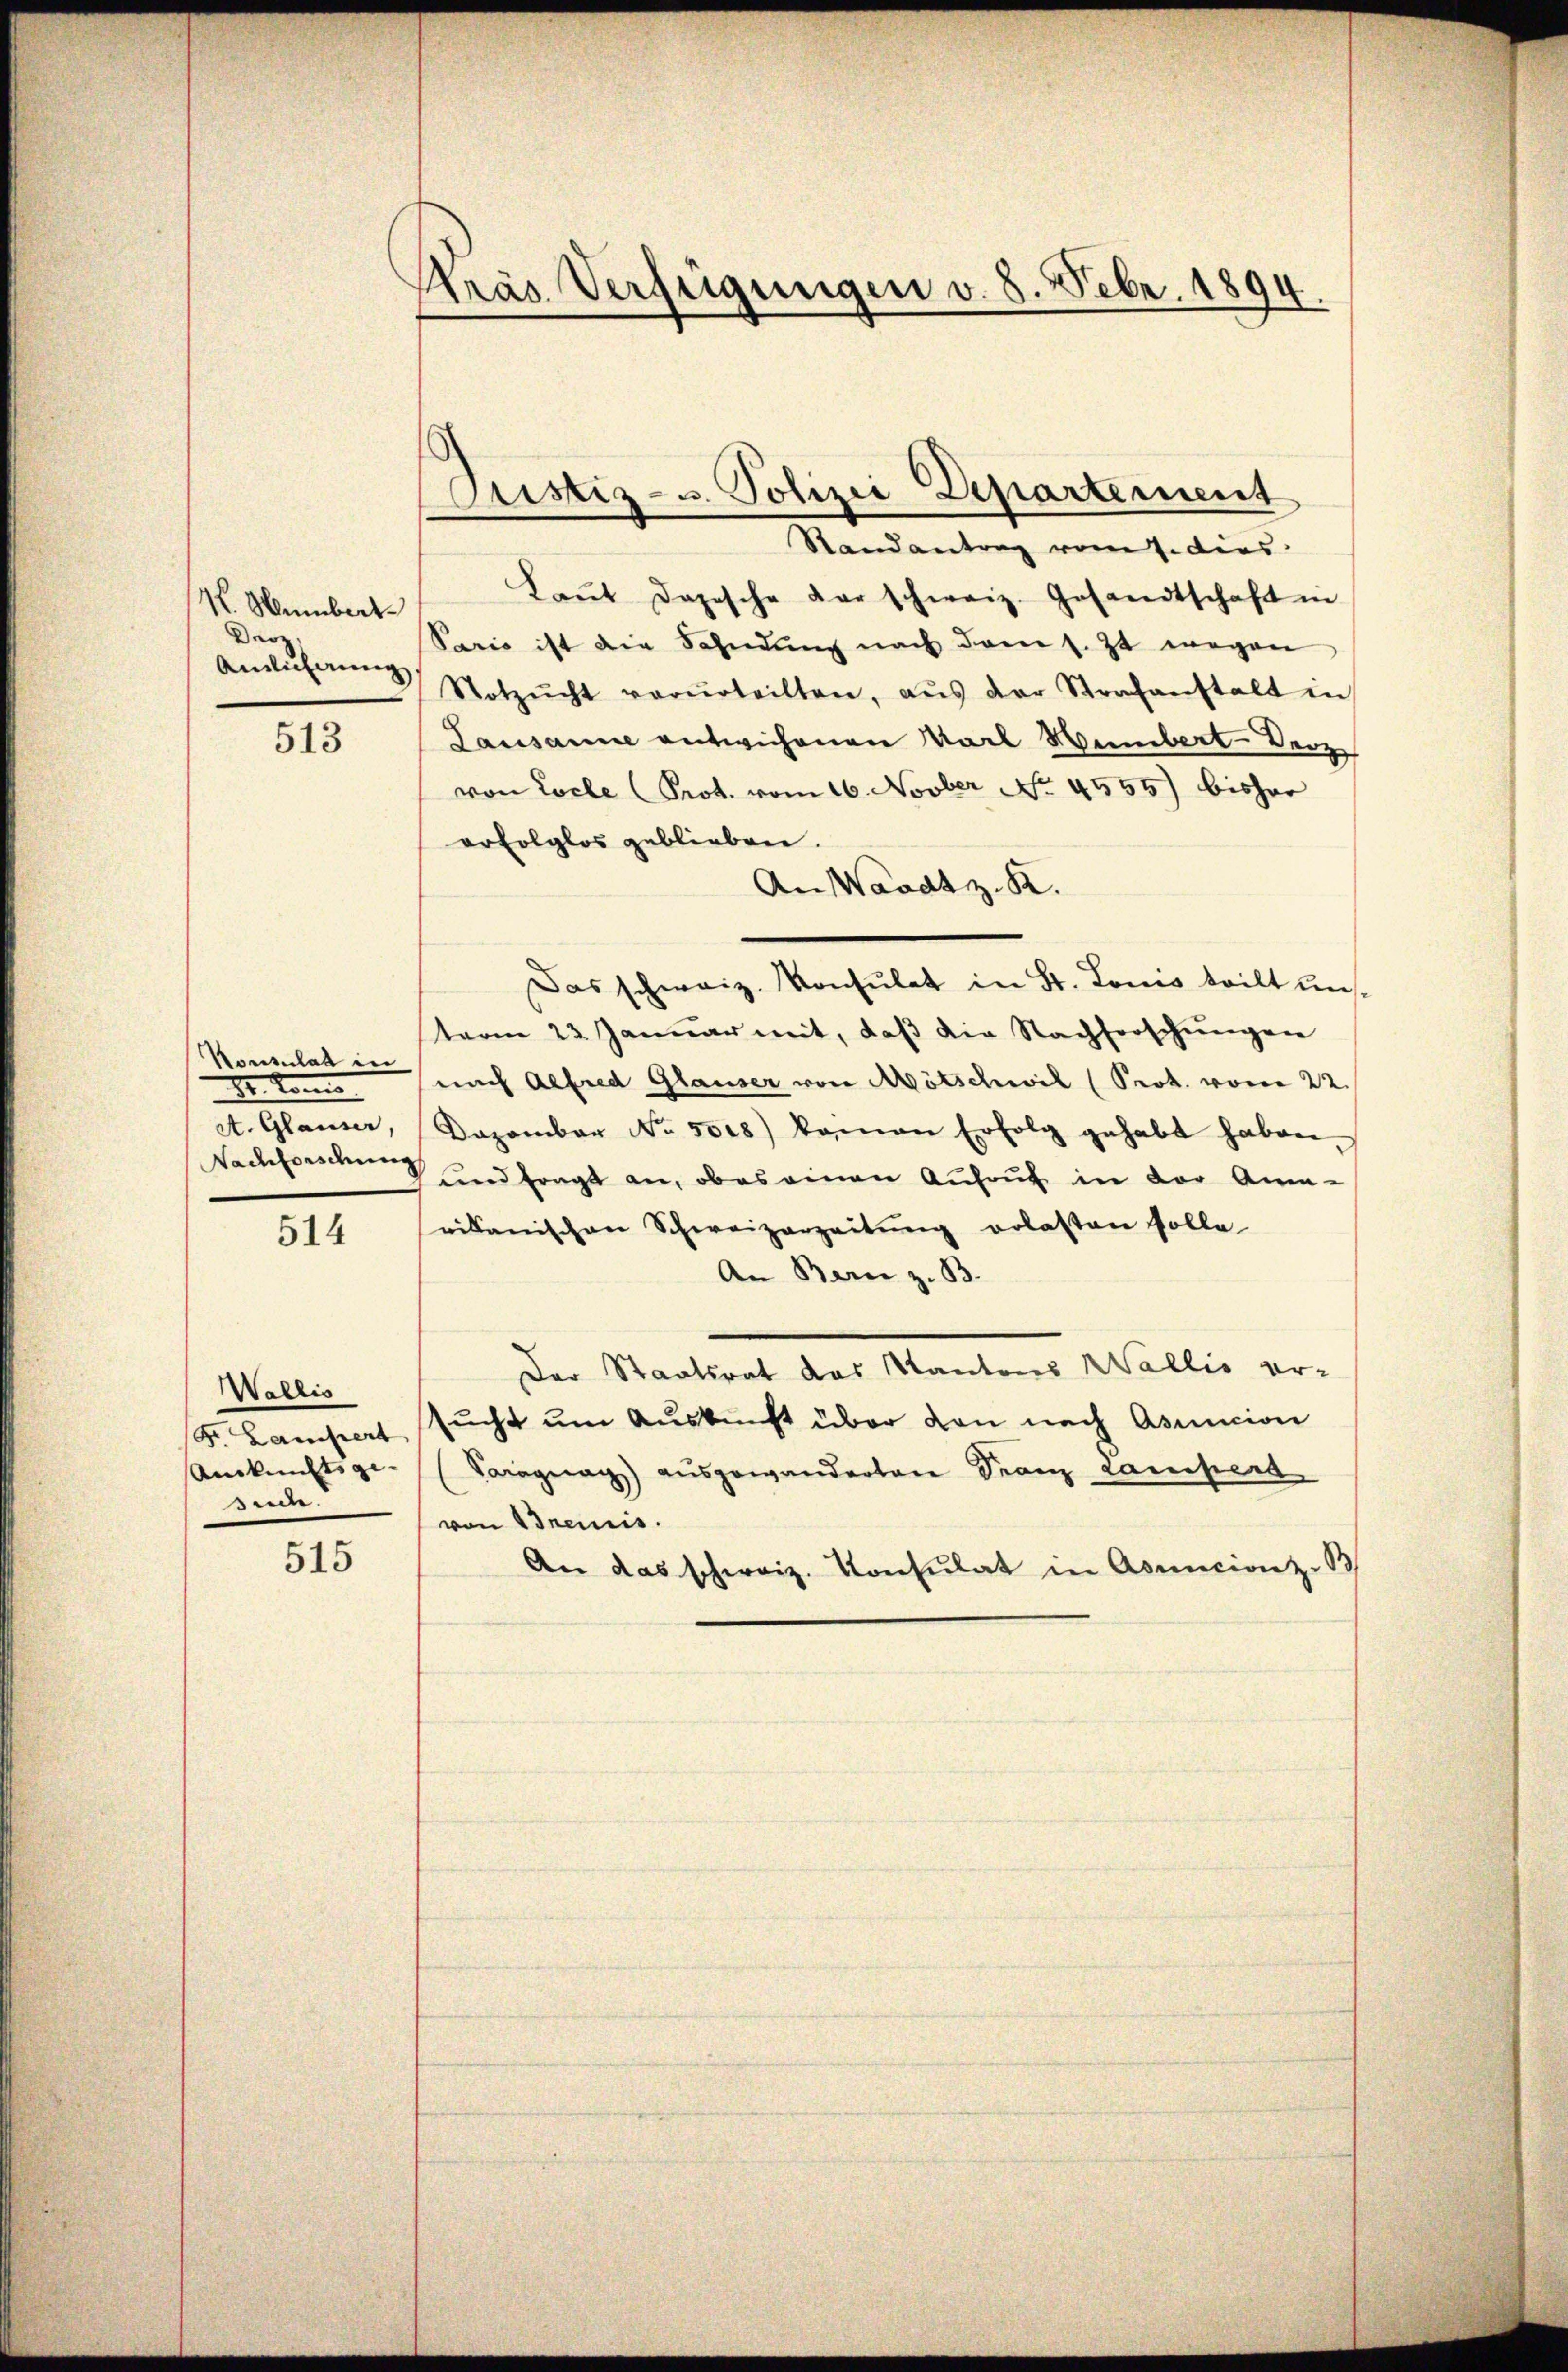
V. Hambert
Droz.
Amlicherung

513

Konsulat in
I kom
A. Glauser,
Nachforschung

514

Wallis
F. Laufert
Ankünftige |
seuche.

515

Krás Verfügungen v. 8. Febr. 1894.

ustiz- u. Polizei Departement

Randantrag vom Eides.
Laŭt Dapische darschweiz. Gesandtschaft in
Paris ist die Fahndŭng nach den s. Zt wegen
Notzŭcht verurteilten, aŭs der Strafanstalt in
Lausanne entwichenen Karl Humbert-Berz
von Loche Prot. vom 16. Novber No. 4555) bisher
erfolglos geblieben.
An Waadt z. B.
Das schweiz. Konsulat in St. Louis teilt unsterm 23. Januar mit, daß die Nachforschungen
nach Alfred Glauser von Mötschwil (Prot. vom 22.
Dezember No. 5008) kamen Erfolg gehabt haben.
und fragt an, ober einen Aufruf in der An-
rikanischen Schweizerzeitŭng erlasten solle
An Bern z. B.
Der Staatsrat das Kantons Wallis er-
sucht um Auskunft über den nach Asuncion
gag) ausgewanderten Franz Lampera
von Gremis
An das schweiz. Konsulat in Asuncion z. B.